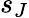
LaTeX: s_{J}